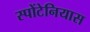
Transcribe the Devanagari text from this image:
स्पोंटेनियास